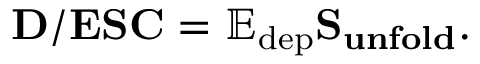
\mathbf { D } / \mathbf { E S C } = \mathbb { E _ { \mathrm { d e p } } } \mathbf { S _ { u n f o l d } } .